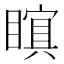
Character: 𭿜